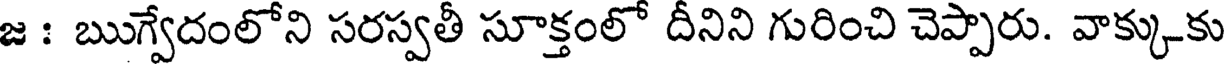
జ : ఋగ్వేదంలోని సరస్వతీ సూక్తంలో దీనిని గురించి చెప్పారు. వాక్కుకు